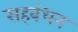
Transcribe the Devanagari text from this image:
सहबंधन